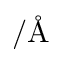
/ \mathrm { \AA }